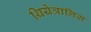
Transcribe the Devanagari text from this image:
थियेत्रालिस